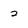
Character: 2